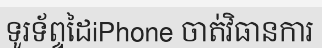
ទូរទ័ព្ទដៃiPhone ចាត់វិធានការ